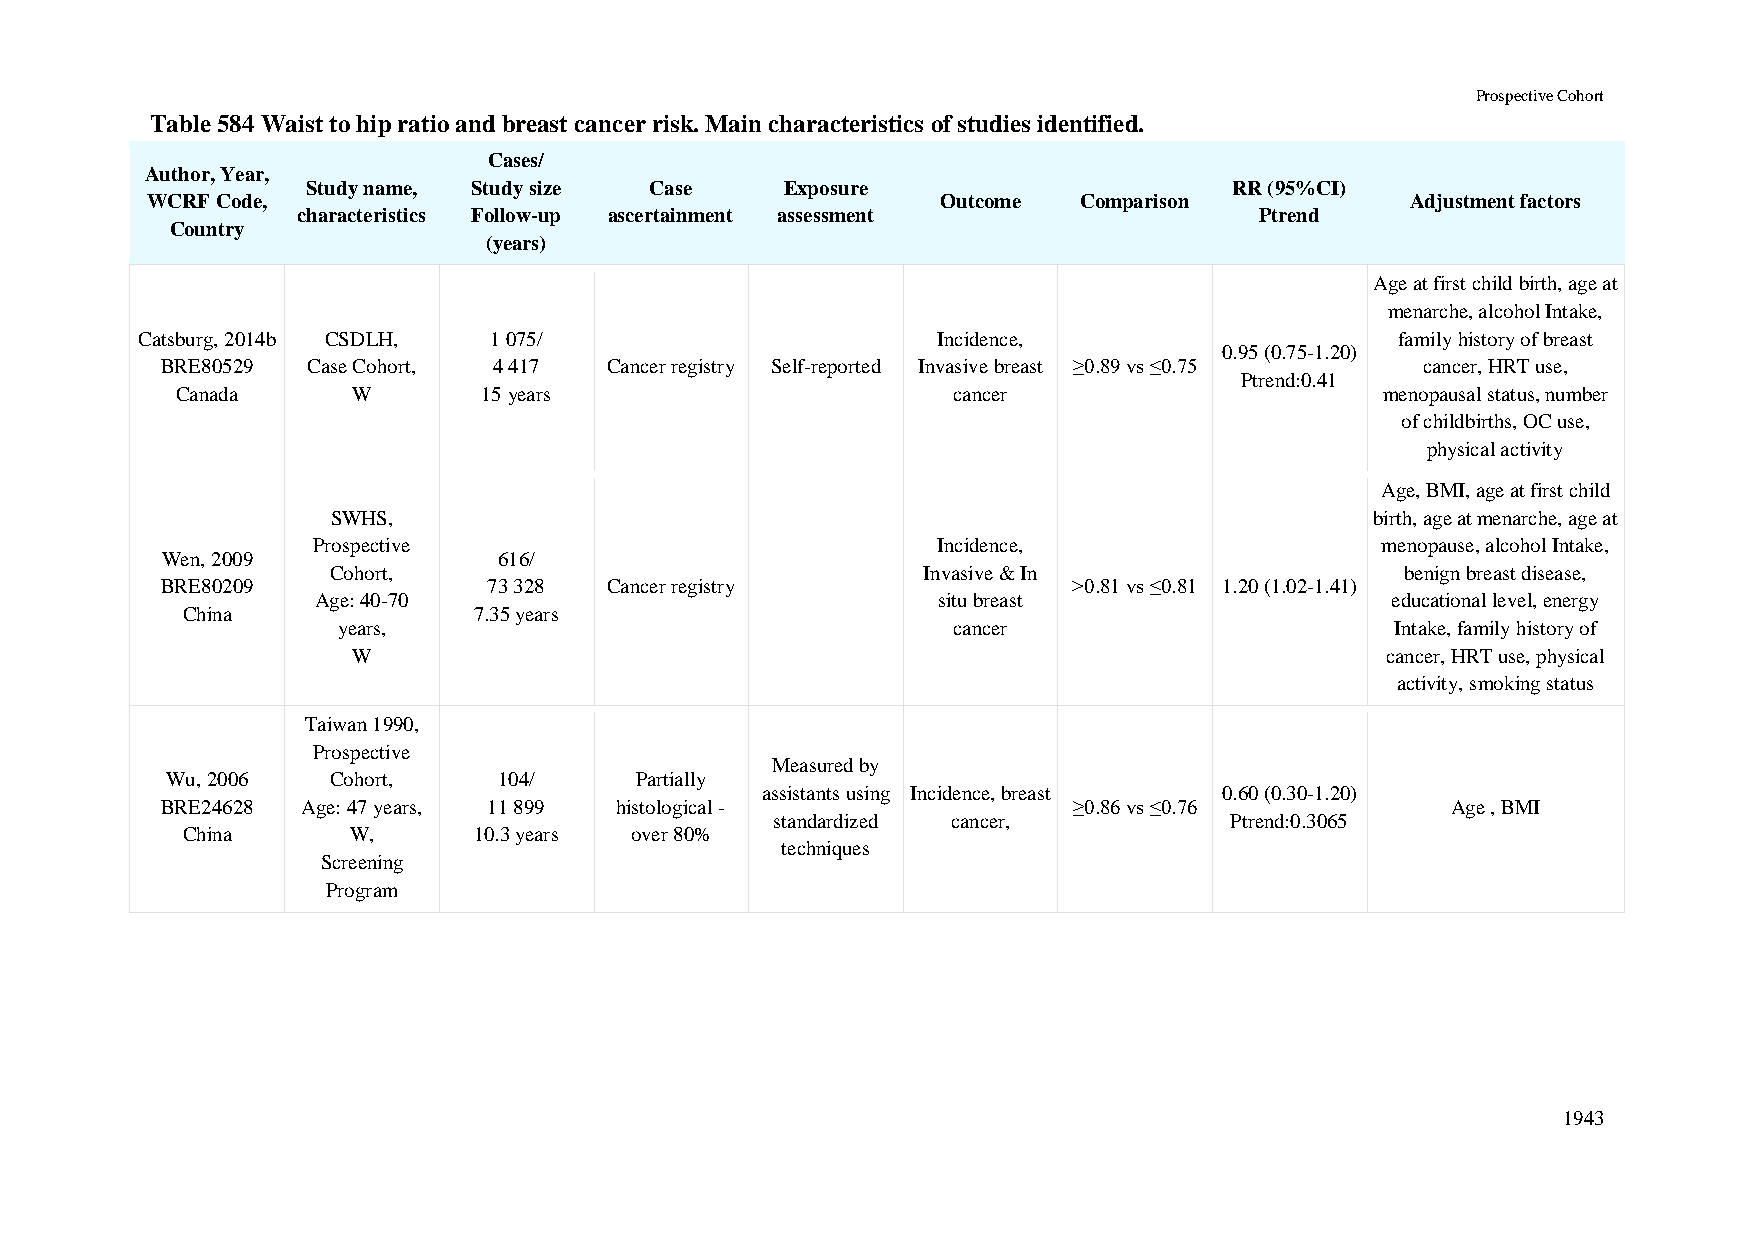
Prospective Cohort
 Table 584 Waist to hip ratio and breast cancer risk. Main characteristics of studies identified.
 Cases/
 Author, Year,
 Study name, Study size Case     Exposure                      RR (95%CI)
 WCRF Code,                                          Outcome  Comparison            Adjustment factors
 characteristics Follow-up ascertainment assessment             Ptrend
 Country
 (years)
 Age at first child birth, age at
 menarche, alcohol Intake,
 Catsburg, 2014b CSDLH, 1 075/                        Incidence,                     family history of breast
 0.95 (0.75-1.20)
 BRE80529 Case Cohort, 4 417  Cancer registry Self-reported Invasive breast ≥0.89 vs ≤0.75 cancer, HRT use,
 Ptrend:0.41
 Canada     W        15 years                       cancer                       menopausal status, number
 of childbirths, OC use,
 physical activity
 Age, BMI, age at first child
 SWHS,                                                                birth, age at menarche, age at
 Prospective                              Incidence,                   menopause, alcohol Intake,
 Wen, 2009             616/
 Cohort,                                Invasive & In                   benign breast disease,
 BRE80209             73 328  Cancer registry                >0.81 vs ≤0.81 1.20 (1.02-1.41)
 Age: 40-70                               situ breast                   educational level, energy
 China              7.35 years
 years,                                   cancer                       Intake, family history of
 W                                                                    cancer, HRT use, physical
 activity, smoking status
 Taiwan 1990,
 Prospective
 Measured by
 Wu, 2006   Cohort,    104/     Partially
 assistants using Incidence, breast 0.60 (0.30-1.20)
 BRE24628 Age: 47 years, 11 899 histological -               ≥0.86 vs ≤0.76           Age , BMI
 standardized cancer,          Ptrend:0.3065
 China      W,      10.3 years over 80%
 techniques
 Screening
 Program
 1943